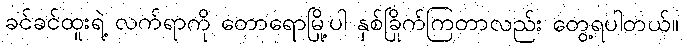
ခင်ခင်ထူးရဲ့ လက်ရာကို တောရောမြို့ပါ နှစ်ခြိုက်ကြတာလည်း တွေ့ရပါတယ်။